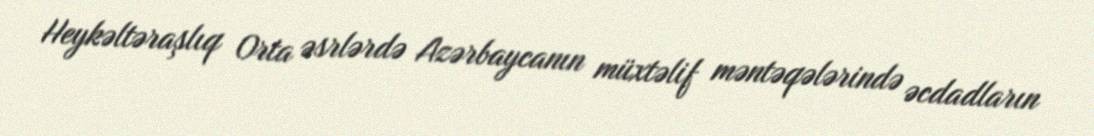
Heykəltəraşlıq Orta əsrlərdə Azərbaycanın müxtəlif məntəqələrində əcdadların